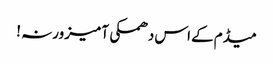
میڈم کے اس دھمکی آمیز ورنہ !